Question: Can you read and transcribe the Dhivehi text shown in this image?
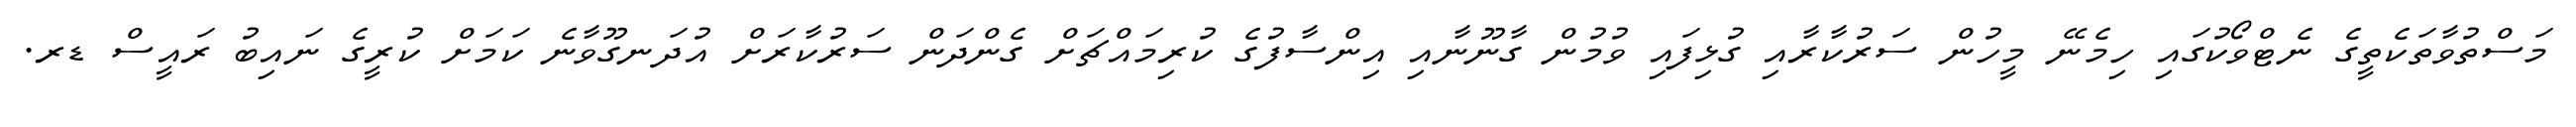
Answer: މަސްތުވާތަކެތީގެ ނެޓްވޯކުގައި ހިމެނޭ މީހުން ސަރުކާރާއި ގުޅިފައި ވުމުން ގާނޫނާއި އިންސާފުގެ ކުރިމައްޗަށް ގެންދަން ސަރުކާރަށް އުދަނގޫވާނެ ކަމަށް ކުރީގެ ނައިބު ރައީސް ޑރ.